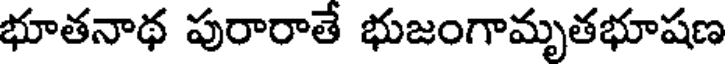
భూతనాథ పురారాతే భుజంగామృతభూషణ